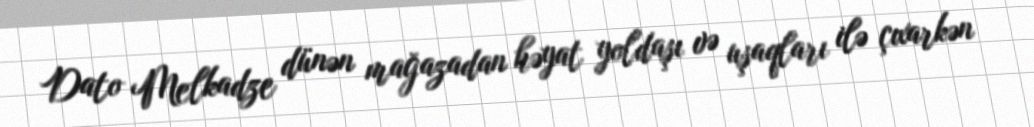
Dato Melkadze dünən mağazadan həyat yoldaşı və uşaqları ilə çıxarkən